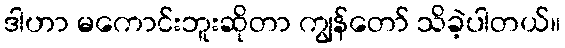
ဒါဟာ မကောင်းဘူးဆိုတာ ကျွန်တော် သိခဲ့ပါတယ်။